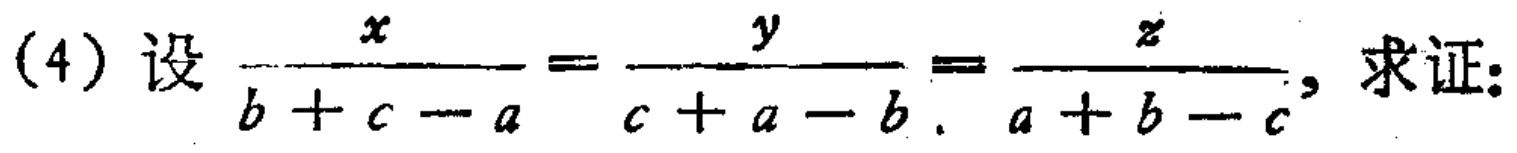
(4) 设$\frac{x}{b + c - a}=\frac{y}{c + a - b}=\frac{z}{a + b - c}$, 求证: